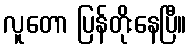
လူတော ပြန်တိုးနေပြီ။